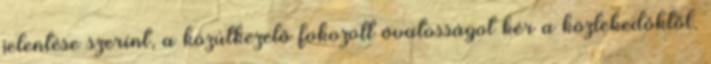
jelentése szerint, a közútkezelő fokozott óvatosságot kér a közlekedőktől.